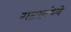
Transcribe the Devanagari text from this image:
गटामंध्ये